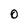
Character: O